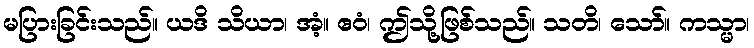
မပြားခြင်းသည်။ ယဒိ သိယာ၊ အံ့။ ဧဝံ၊ ဤသို့ဖြစ်သည်။ သတိ၊ သော်။ ကသ္မာ၊